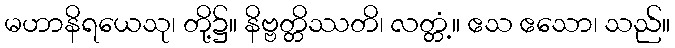
မဟာနိရယေသု၊ တို့၌။ နိဗ္ဗတ္တိဿတိ၊ လတ္တံ့။ ဧသ ဧသော၊ သည်။